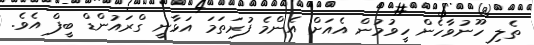
ތެލި ހޫނުވާހެން ހީވުމުން އެއަށް އެންމެ ފުރަތަމަ އަޅާނީ ގްރައުންޑް ބީފް އެވެ.